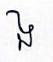
ង